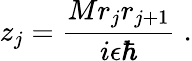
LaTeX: z_{j}=\frac{Mr_{j}r_{j+1}}{i\epsilon\hbar}\; .